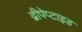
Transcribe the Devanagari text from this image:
द्वीपेप्टाइड